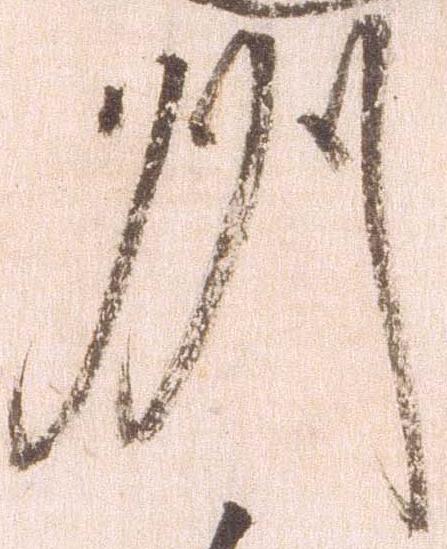
州